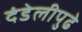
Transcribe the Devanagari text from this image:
दंडेलीपुढे